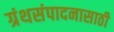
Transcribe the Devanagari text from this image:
ग्रंथसंपादनासाठी